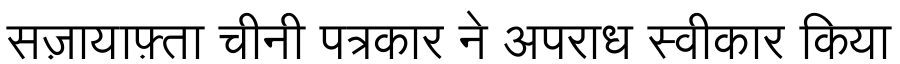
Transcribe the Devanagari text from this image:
सज़ायाफ़्ता चीनी पत्रकार ने अपराध स्वीकार किया